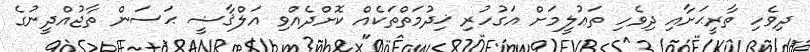
ދިވެހި ތާރީޙަށާއި ދިވެހި ތަޢުލީމަށް އަގުހުރި ޚިދުމަތްތަކެއް ކޮށްދެއްވި އަލްޤާޟީ ޙަސަން ތާޖުއްދީނުގެ